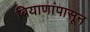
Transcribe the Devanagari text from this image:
बियाणांपासून